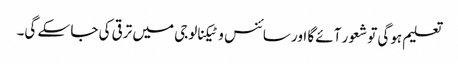
تعلیم ہوگی تو شعور آئے گا اور سائنس و ٹیکنالوجی میں ترقی کی جا سکے گی۔